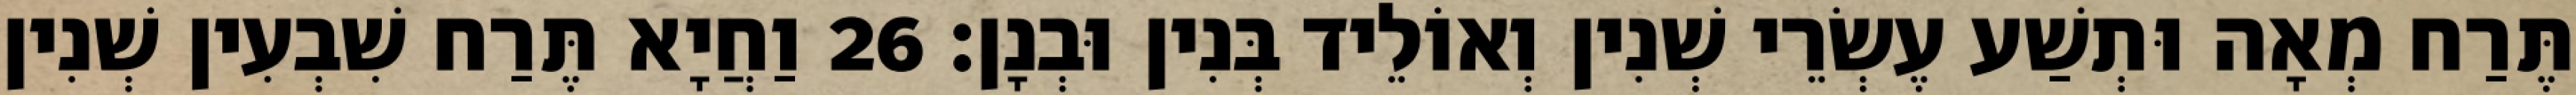
תֶּרַח מְאָה וּתְשַׁע עֶשְׂרֵי שְׁנִין וְאוֹלֵיד בְּנִין וּבְנָן׃ 26 וַחֲיָא תֶּרַח שִׁבְעִין שְׁנִין